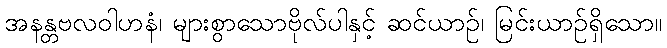
အနန္တဗလဝါဟနံ၊ များစွာသောဗိုလ်ပါနှင့် ဆင်ယာဉ်၊ မြင်းယာဉ်ရှိသော။